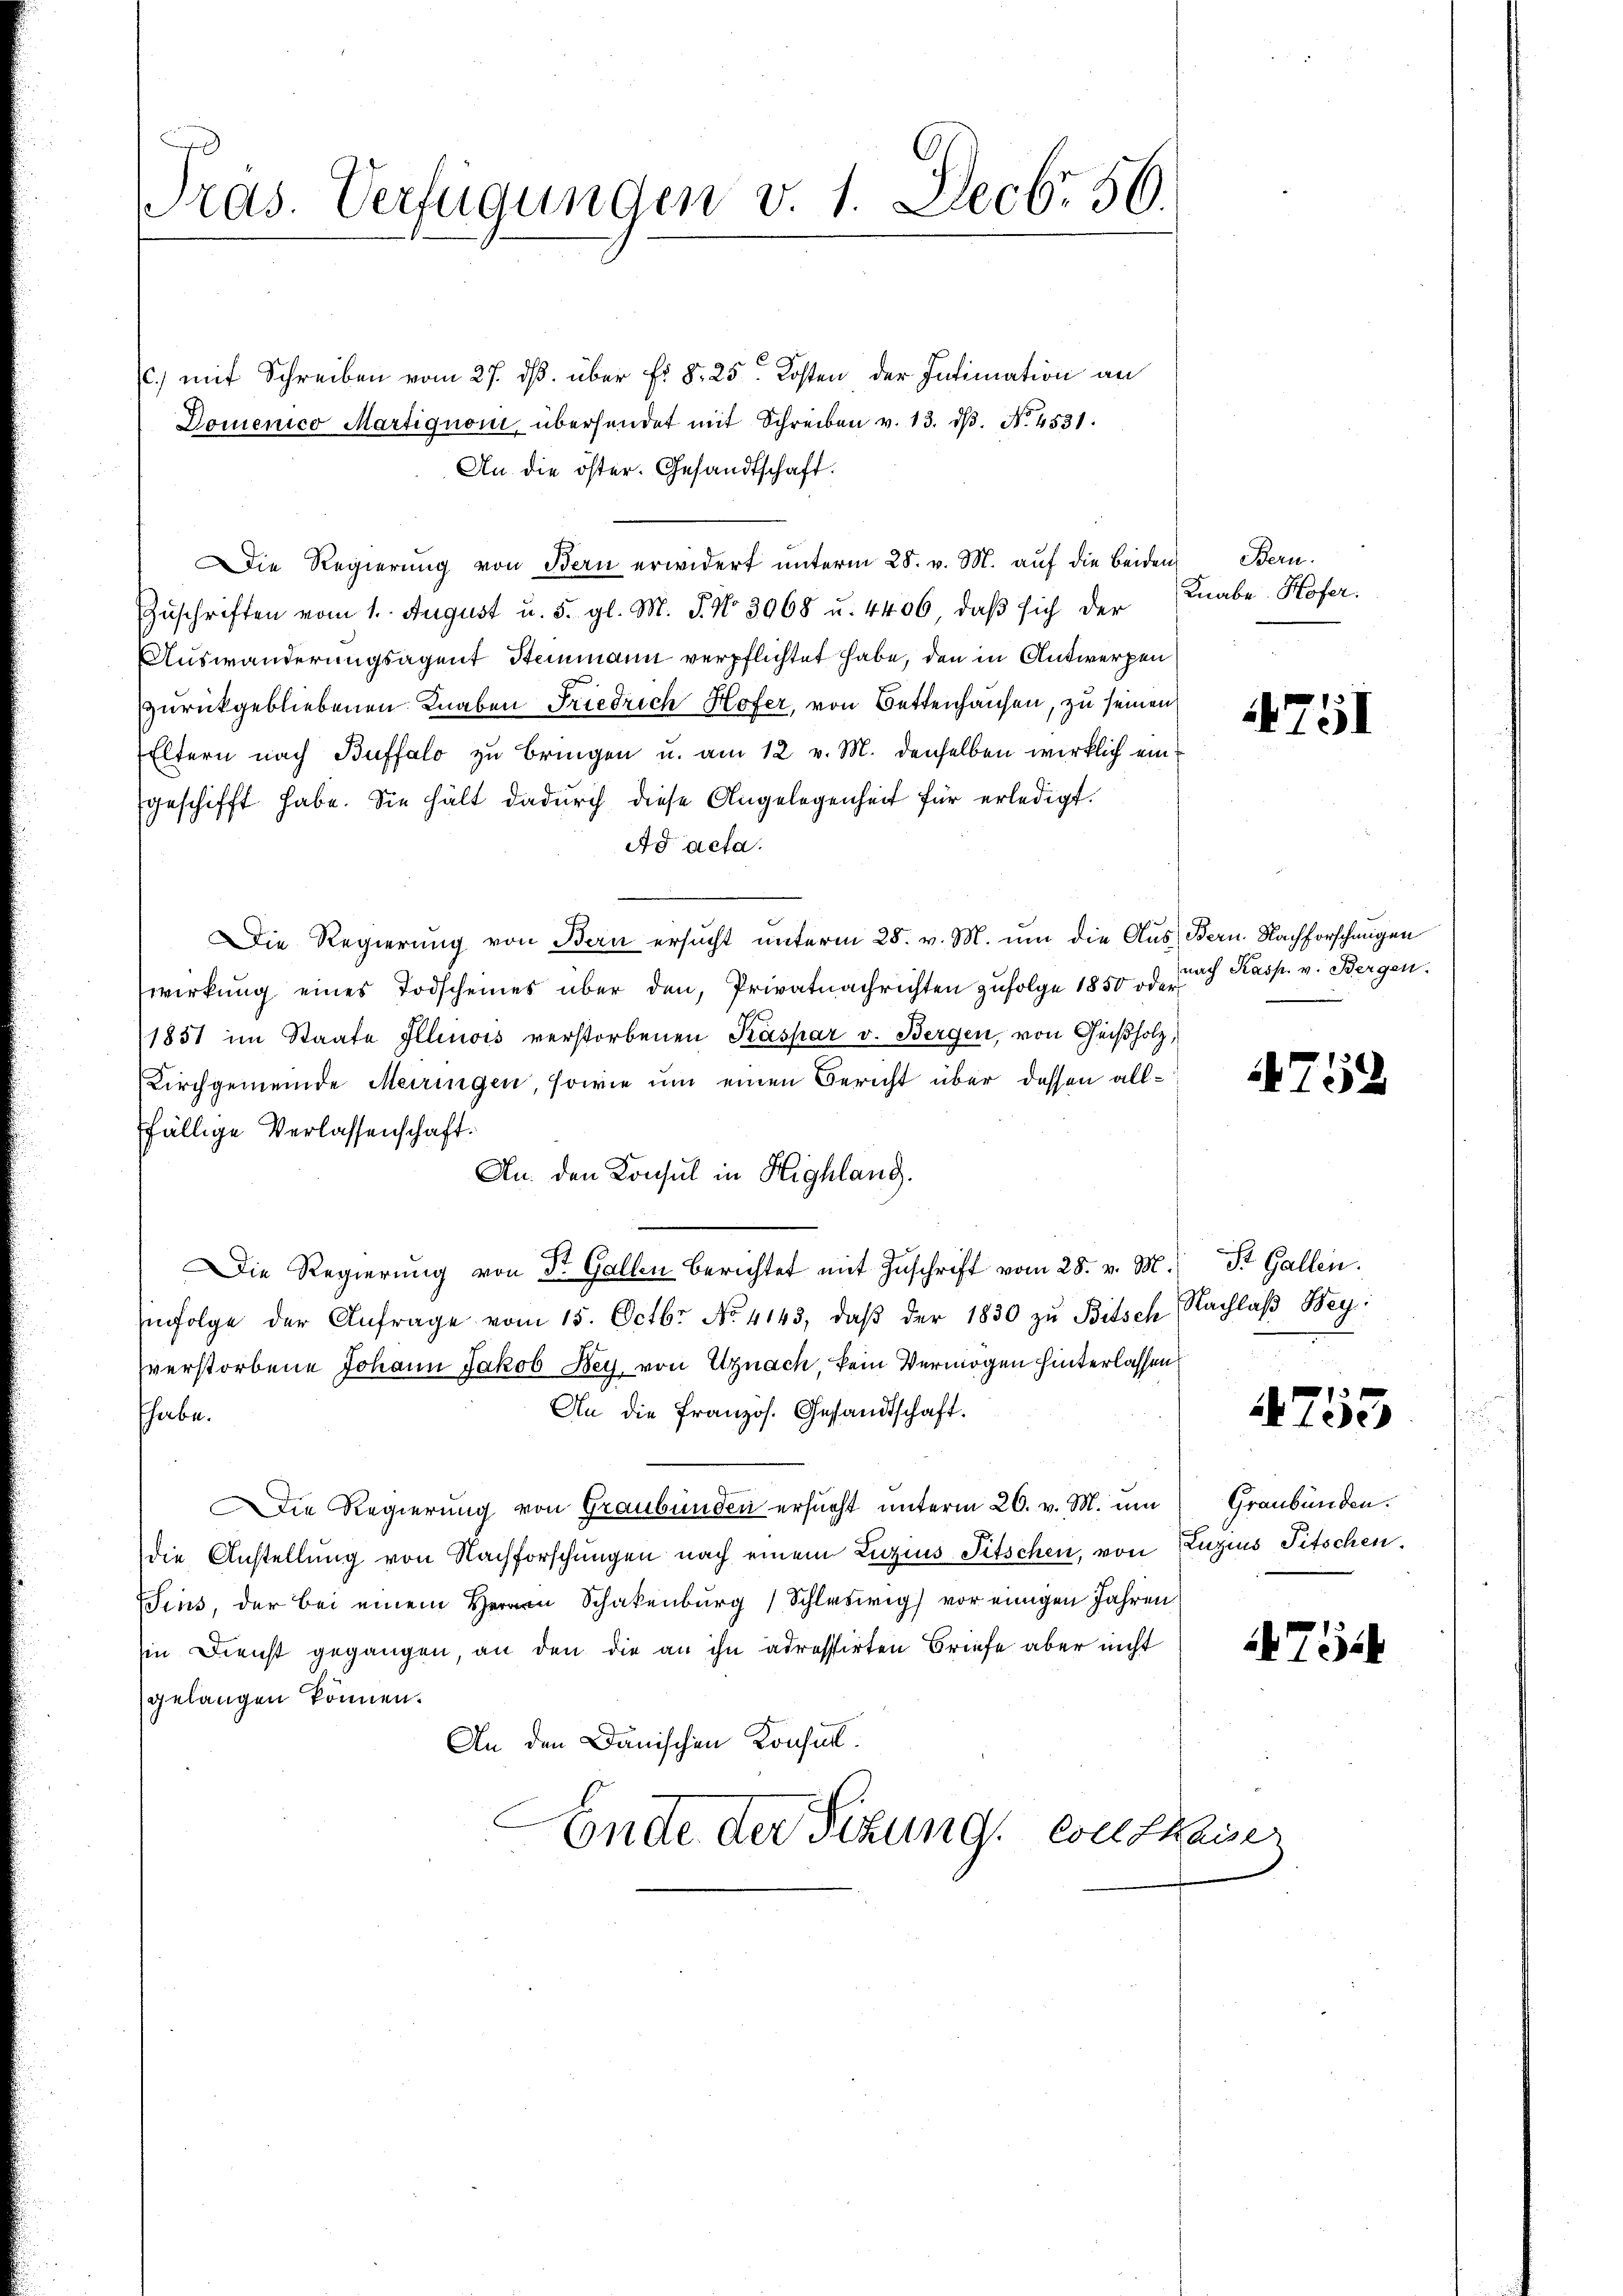
Pras. Verfügungen v. 1. Decbr. 56.

) mit Schreiben vom 27. ds. über fr §. 25. Kosten der Intimation an
Domenico Martignori übersendet mit Schreiben v. 13. dβ. No. 4531.
An die öster. Gesandtschaft.
Die Regierung von Bern erwidert unterm 28. v. M. auf die beiden Bern.
Zuschriften vom 1. August u. 5. gl. M. P. Nr. 3068 u. 4406, daβ sich der
Auswanderungsagent Steinmann verpflichtet habe, den in Antwerpen
zurückgebliebenen Knaben Friedrich Hofer, von Bettenhausen, zu seinen
Eltern nach Buffalo zu bringen u. am 12 v. M. denselben wirklich ein
geschifft habe. Sie hält dadurch diese Angelegenheit für erledigt.
Ad acta.
Die Regierung von Bern ersucht unterm 28. v. M. um die Aus Bern. Nachforschinigen
wirkung eines Todscheines über den, Privatnachrichten zufolge 1850 oder
1851 im Staate Illinois verstorbenen Kaspar v. Bergen, von Geißholz,
Kirchgemeinde Meiringen, sowie um einen Bericht über dessen allfällige Verlassenschaft.
An den Konsul in Highlang.
Die Regierŭng von Dr. Gallen berichtet mit Zŭschrift vom 28. v. M. St. Gallen.
nfolge der Anfrage vom 15. Octbr. No. 4143, daβ der 1830 zŭ Bitsch Nachlaβ Bey
verstorbene Johann Jakob Bey von Uznach, kein Vermögen hinterlassen
An die französ. Gesandtschaft.
habe.
ie Regierung von Graubünden ersucht unterm 26. v. M. um
die Anstellung von Nachforschungen nach einem Luzius Pitschen, von Luzins Titschen.
Sins, der bei einem Herrn Schakenburg (Schleswig vor einigen Jahren
in Dienst gegangen, an den die an ihn adressirten Briefe aber nicht
gelangen können.
An den Dänischen Konsull.
Ende der Sitzung von Chaiser

Knabe. Hofer.

nach Kasp. v. Bergen.

4751

752

0 15 x
Klee

Graubünden.

75